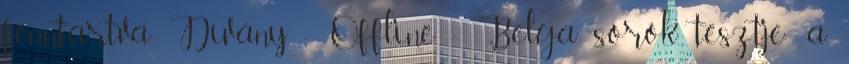
fenntartva. Dívány - Offline - Belga sörök tesztje: a